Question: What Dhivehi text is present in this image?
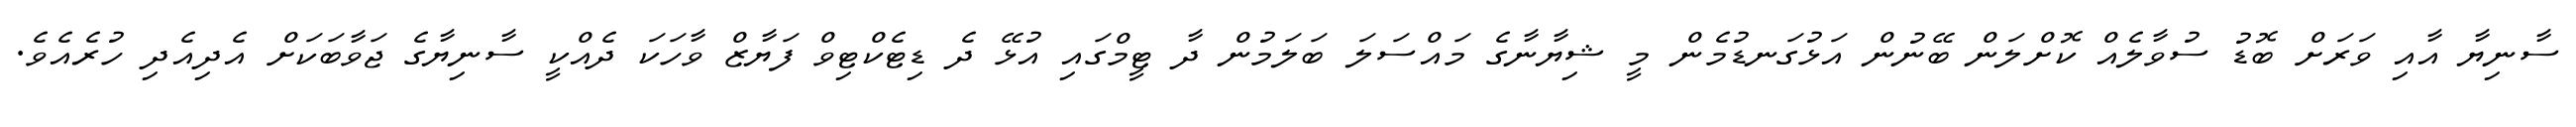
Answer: ސާނިޔާ އާއި ވަރަށް ބޮޑު ސުވާލެއް ކޮށްލަން ބޭނުން އަޅުގަނޑުމެން މީ ޝިޔާނާގެ މައްސަލަ ބަލަމުން ދާ ޓީމްގައި އުޅޭ ދެ ޑިޓެކްޓިވް ފަޔާޒް ވާހަކަ ދެއްކީ ސާނިޔާގެ ޖަވާބަކަށް އެދިއެދި ހުރެއެވެ.